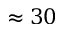
\approx 3 0